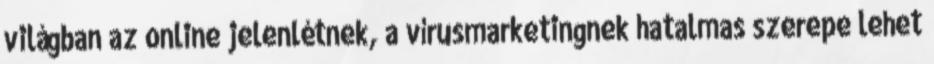
világban az online jelenlétnek, a vírusmarketingnek hatalmas szerepe lehet